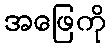
အဖြေကို